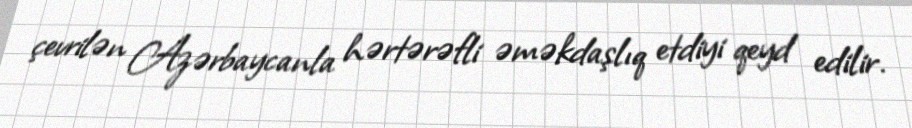
çevrilən Azərbaycanla hərtərəfli əməkdaşlıq etdiyi qeyd edilir.